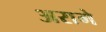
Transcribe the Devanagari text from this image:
अरामे